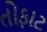
તોફાટ